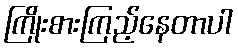
ကြိုးစားကြည့်နေတာပါ